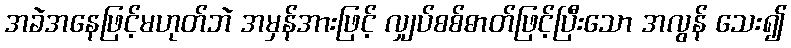
အခဲအနေဖြင့်မဟုတ်ဘဲ အမှန်အားဖြင့် လျှပ်စစ်ဓာတ်ဖြင့်ပြီးသော အလွန် သေး၍